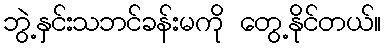
ဘွဲ့နှင်းသဘင်ခန်းမကို တွေ့နိုင်တယ်။